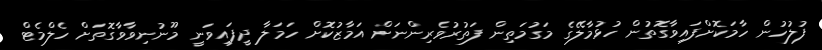
ފުލުހުން ހާމަކޮށްފައިވާގޮތުން ހުޅުމާލޭގެ މަގުމަތިން ފަތުރުވެރިންނަށް އަމާޒުކޮށް ހަމަލާ ދީފައިވަނީ މޫނުނިވާވާގޮތަށް ހެލްމެޓް